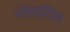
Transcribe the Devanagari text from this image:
मोहद्दिस